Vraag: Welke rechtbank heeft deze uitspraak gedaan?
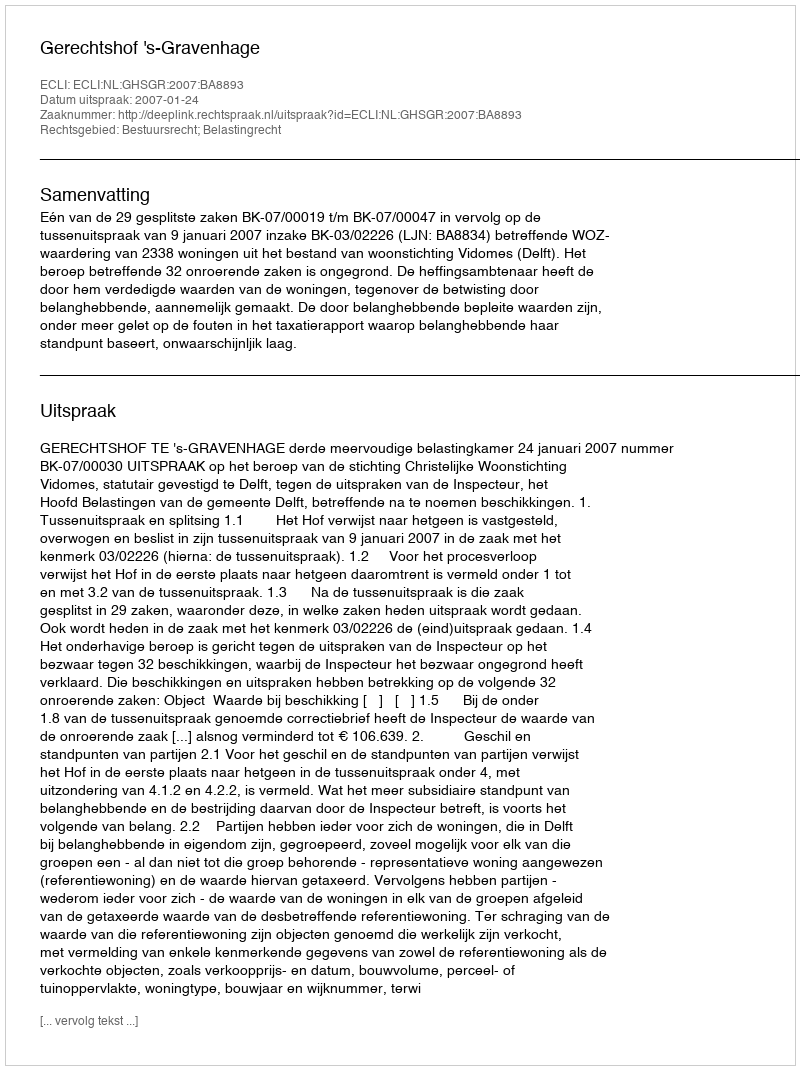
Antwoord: Gerechtshof 's-Gravenhage